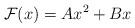
LaTeX: \begin{align*}\mathcal{F}(x) = A x^{2} + B x\end{align*}